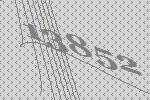
13852